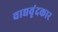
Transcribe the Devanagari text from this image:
वाद्यवृंदकार